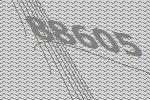
88605